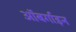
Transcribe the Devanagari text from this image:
ऑबर्गाइन